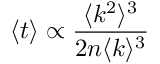
\langle t \rangle \propto \frac { \langle k ^ { 2 } \rangle ^ { 3 } } { 2 n \langle k \rangle ^ { 3 } }